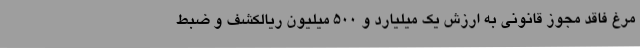
مرغ فاقد مجوز قانونی به ارزش یک میلیارد و 500 میلیون ریالکشف و ضبط